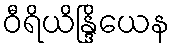
ဝီရိယိန္ဒြိယေန